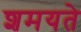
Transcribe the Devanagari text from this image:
शमयते